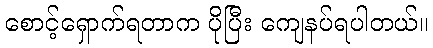
စောင့်ရှောက်ရတာက ပိုပြီး ကျေနပ်ရပါတယ်။